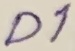
Text: D1